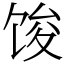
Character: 馂